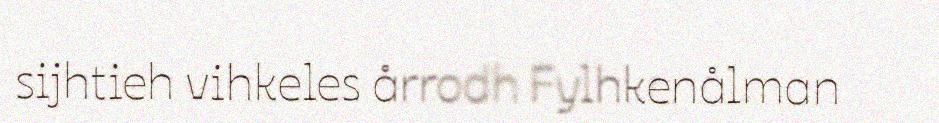
sijhtieh vihkeles årrodh Fylhkenålman